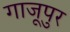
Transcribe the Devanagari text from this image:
गाजूपुर